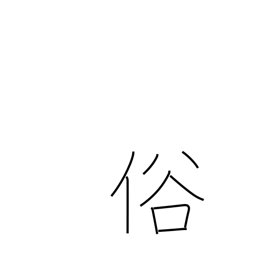
Meaning: manners